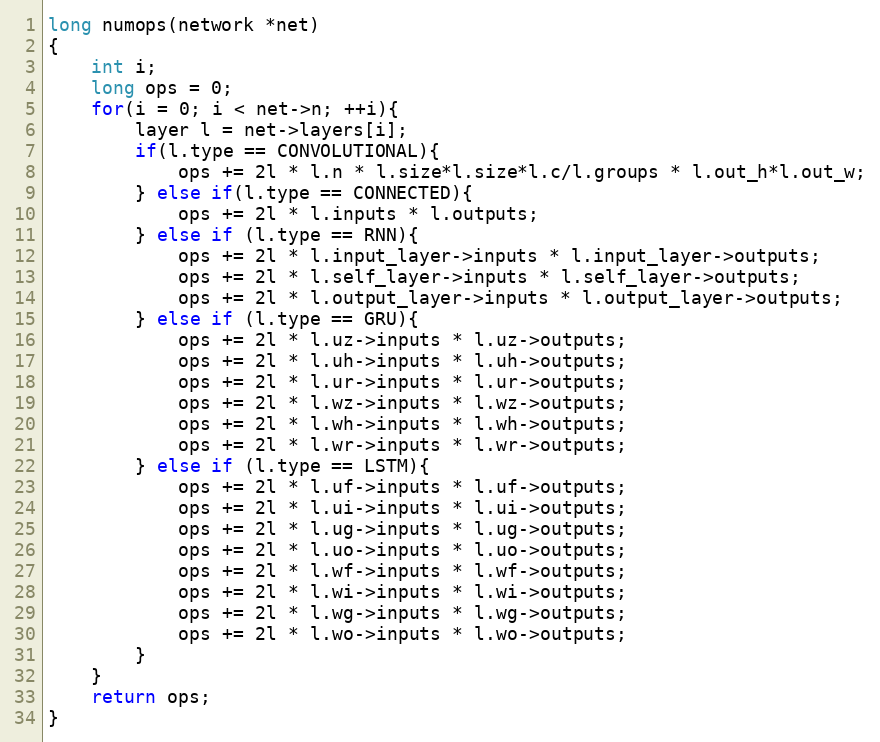
Language: C
long numops(network *net)
{
    int i;
    long ops = 0;
    for(i = 0; i < net->n; ++i){
        layer l = net->layers[i];
        if(l.type == CONVOLUTIONAL){
            ops += 2l * l.n * l.size*l.size*l.c/l.groups * l.out_h*l.out_w;
        } else if(l.type == CONNECTED){
            ops += 2l * l.inputs * l.outputs;
        } else if (l.type == RNN){
            ops += 2l * l.input_layer->inputs * l.input_layer->outputs;
            ops += 2l * l.self_layer->inputs * l.self_layer->outputs;
            ops += 2l * l.output_layer->inputs * l.output_layer->outputs;
        } else if (l.type == GRU){
            ops += 2l * l.uz->inputs * l.uz->outputs;
            ops += 2l * l.uh->inputs * l.uh->outputs;
            ops += 2l * l.ur->inputs * l.ur->outputs;
            ops += 2l * l.wz->inputs * l.wz->outputs;
            ops += 2l * l.wh->inputs * l.wh->outputs;
            ops += 2l * l.wr->inputs * l.wr->outputs;
        } else if (l.type == LSTM){
            ops += 2l * l.uf->inputs * l.uf->outputs;
            ops += 2l * l.ui->inputs * l.ui->outputs;
            ops += 2l * l.ug->inputs * l.ug->outputs;
            ops += 2l * l.uo->inputs * l.uo->outputs;
            ops += 2l * l.wf->inputs * l.wf->outputs;
            ops += 2l * l.wi->inputs * l.wi->outputs;
            ops += 2l * l.wg->inputs * l.wg->outputs;
            ops += 2l * l.wo->inputs * l.wo->outputs;
        }
    }
    return ops;
}